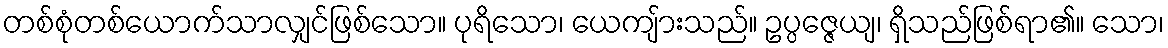
တစ်စုံတစ်ယောက်သာလျှင်ဖြစ်သော။ ပုရိသော၊ ယေကျ်ားသည်။ ဥပ္ပဇ္ဇေယျ၊ ရှိသည်ဖြစ်ရာ၏။ သော၊